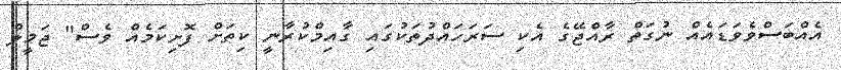
އެއްބަސްވެވަޑައެއް ނުގަތް ރާއްޖޭގެ އެކި ސަރަހައްދުތަކުގައި ގާއިމްކުރާނީ ކިތަށް ފޮށިކަމެއް ވެސް" ޖަމީލް